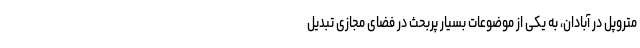
متروپل در آبادان، به یکی از موضوعات بسیار پربحث در فضای مجازی تبدیل